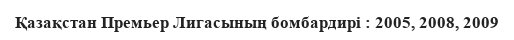
Қазақстан Премьер Лигасының бомбардирі : 2005, 2008, 2009